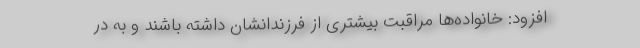
افزود: خانواده‌ها مراقبت بیشتری از فرزندانشان داشته باشند و به در